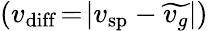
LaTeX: (v_{\mathrm{diff}}\! =\! |v_{\mathrm{sp}}-\widetilde{v_{g}}|)